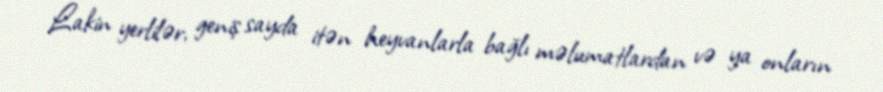
Lakin yerlilər, geniş sayda itən heyvanlarla bağlı məlumatlardan və ya onların